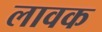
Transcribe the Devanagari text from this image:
लावक